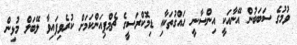
ވުމުގެ ސަބަބުން އޭނާއަކީ އިންސާނީ ހައްގުތަކާއި ޑިމޮކްރަސީގެ ޗެމްޕިއަންކަމަށް ކުރެވިފައިވާ ލޭބަލް މުޅިން